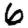
Digit: 6